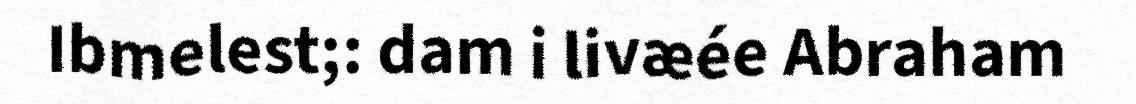
Ibmelest;: dam i livæée Abraham